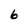
Character: 6